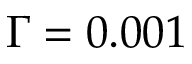
\Gamma = 0 . 0 0 1